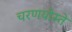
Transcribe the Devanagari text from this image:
चरणयोस्ते